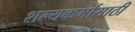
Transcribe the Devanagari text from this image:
शल्यकर्मासाठी